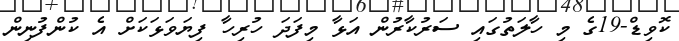
ކޮވިޑް-19ގެ މި ހާލަތުގައި ސަރުކާރުން އަޅާ މިފަދަ ހުރިހާ ފިޔަވަޅަކަށް އެ ކުންފުނިން